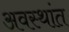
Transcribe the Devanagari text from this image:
अवस्थांत